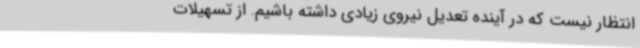
انتظار نیست که در آینده تعدیل نیروی زیادی داشته باشیم. از تسهیلات